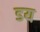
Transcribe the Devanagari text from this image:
डय